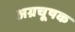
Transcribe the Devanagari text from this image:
अग्रचूषक